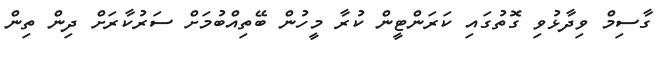
ގާސިމް ވިދާޅުވި ގޮތުގައި ކަރަންޓީން ކުރާ މީހުން ބޭތިއްބުމަށް ސަރުކާރަށް ދިން ތިން